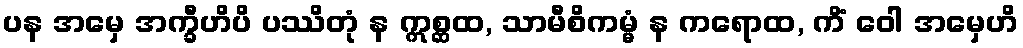
ပန အမှေ အက္ခီဟိပိ ပဿိတုံ န ဣစ္ဆထ, သာမီစိကမ္မံ န ကရောထ, ကိံ ဝေါ အမှေဟိ